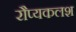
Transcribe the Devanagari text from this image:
रौप्यकलश